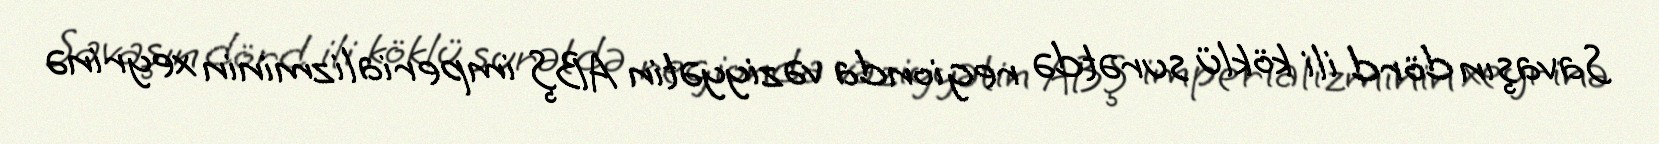
Savaşın dörd ili köklü surətdə regionda vəziyyətin ABŞ imperializminin xeyrinə